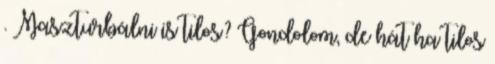
. Maszturbálni is tilos? Gondolom, de hát ha tilos